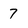
Character: 7